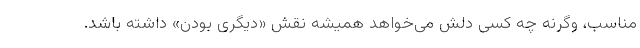
مناسب، وگرنه چه کسی دلش می‌خواهد همیشه نقش «دیگری بودن» داشته باشد.